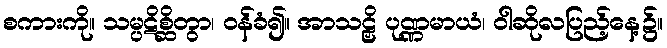
စကားကို။ သမ္ပဋိစ္ဆိတွာ၊ ဝန်ခံ၍။ အာသဠှိ ပုဏ္ဏမာယံ၊ ဝါဆိုလပြည့်နေ့၌။